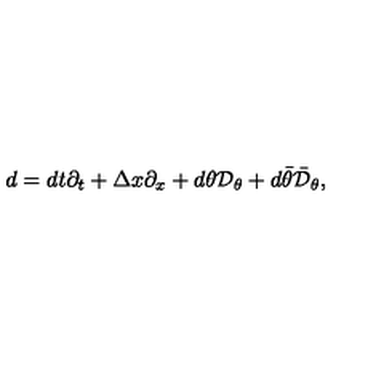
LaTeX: d = d t \partial _ { t } + \Delta x \partial _ { x } + d \theta { \cal D } _ { \theta } + d \bar { \theta } \bar { { \cal D } } _ { \theta } ,